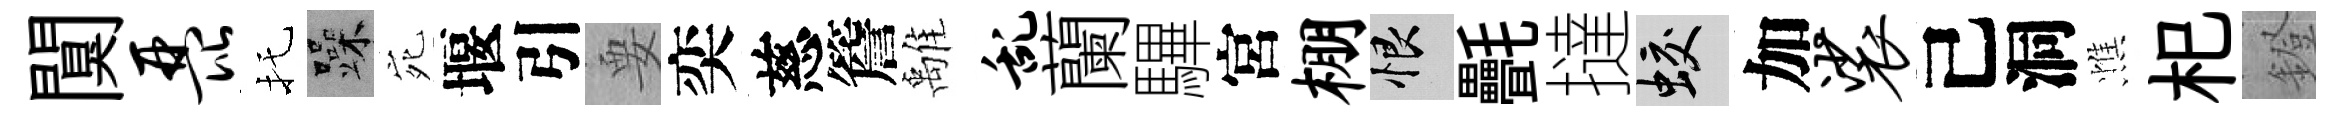
闃琵托躁宛堰引要奕慈簷𩀌乱蘭驆宮棚恨㲲撻蛟加裟己洞憔𣏌鐙